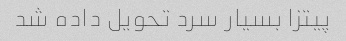
پیتزا بسیار سرد تحویل داده شد